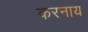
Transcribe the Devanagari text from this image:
करनाय